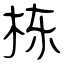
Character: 栋